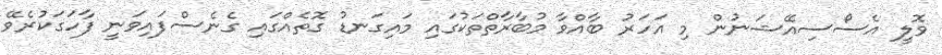
ވޮލީ އެސޯސިއޭޝަނުން މި އަހަރު ބާއްވާ މުބާރާތްތަކުގައި މައިގަނޑު ގޮތެއްގައި ގެނެސްފައިވަނީ ފާހަގަކުރެވޭ